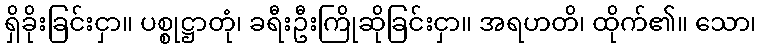
ရှိခိုးခြင်းငှာ။ ပစ္စုဋ္ဌာတုံ၊ ခရီးဦးကြိုဆိုခြင်းငှာ။ အရဟတိ၊ ထိုက်၏။ သော၊